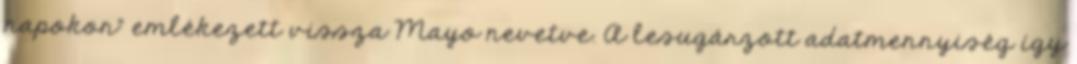
napokon” emlékezett vissza Mayo nevetve. A lesugárzott adatmennyiség így